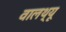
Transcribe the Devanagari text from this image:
वालथ्यू